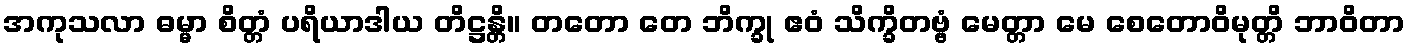
အကုသလာ ဓမ္မာ စိတ္တံ ပရိယာဒါယ တိဋ္ဌန္တိ။ တတော တေ ဘိက္ခု ဧဝံ သိက္ခိတဗ္ဗံ မေတ္တာ မေ စေတောဝိမုတ္တိ ဘာဝိတာ